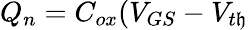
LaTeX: Q_{n}=C_{ox}(V_{GS}-V_{t\mathfrak{h}}